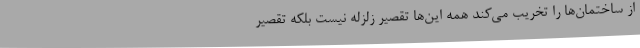
از ساختمان‌ها را تخریب می‌کند همه این‌ها تقصیر زلزله نیست بلکه تقصیر